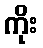
ကိုး